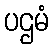
ပဌမံ